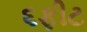
૬ફીટ